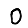
Digit: 0